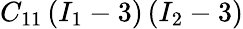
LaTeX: C_{11}\left(I_{1}-3\right)\left(I_{2}-3\right)